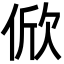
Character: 俽